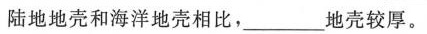
陆地地壳和海洋地壳相比，___地壳较厚。